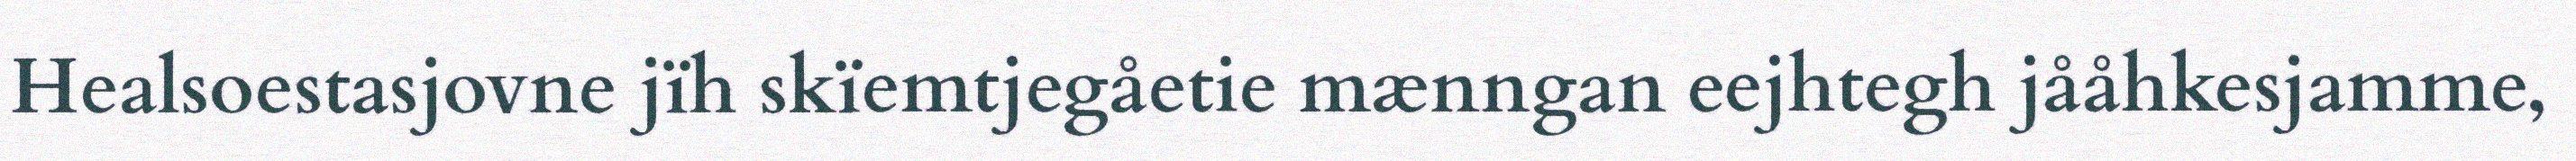
Healsoestasjovne jïh skïemtjegåetie mænngan eejhtegh jååhkesjamme,